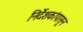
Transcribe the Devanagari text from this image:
निर्देशकांपासून